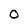
Character: 0